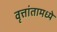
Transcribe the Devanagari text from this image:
वृत्तांतामध्ये